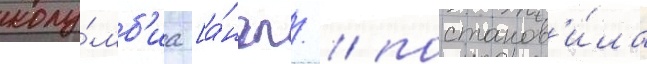
колу́мб'иа [а́нгл. / постанов'и́ла